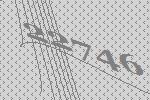
22746